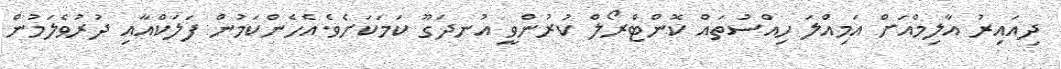
ދިއައިރު އާލިމްއަށް އަމިއްލަ ހިއްސުތައް ކޮންޓްރޯލް ކުރުންވީ އުނދަގޫ ކަމަކަށެވެ.އެހެންކަމުން ފަލަކްއާއި ދުރުވެލަމުން